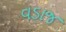
વડાજ